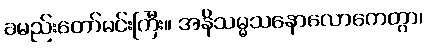
ခမည်းတော်မင်းကြီး။ အနိသမ္မသနောလောကေတွာ၊